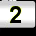
Digit: 2